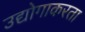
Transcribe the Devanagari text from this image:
उद्योगाकरता